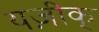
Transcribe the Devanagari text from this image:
यज़ीक्